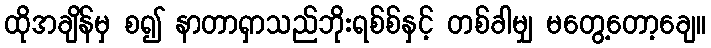
ထိုအချိန်မှ စ၍ နာတာရှာသည်ဘိုးရစ်စ်နှင့် တစ်ခါမျှ မတွေ့တော့ချေ။